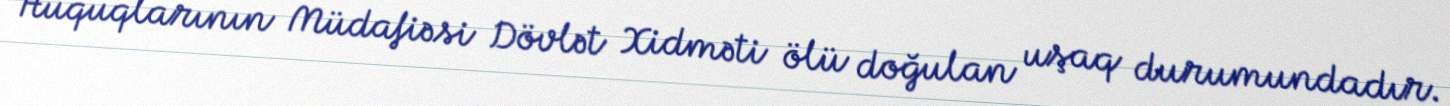
Hüquqlarının Müdafiəsi Dövlət Xidməti ölü doğulan uşaq durumundadır.